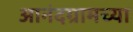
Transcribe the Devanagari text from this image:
आनंदग्रामच्या